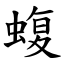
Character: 蝮